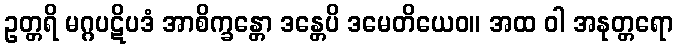
ဥတ္တရိ မဂ္ဂပဋိပဒံ အာစိက္ခန္တော ဒန္တေပိ ဒမေတိယေဝ။ အထ ဝါ အနုတ္တရော